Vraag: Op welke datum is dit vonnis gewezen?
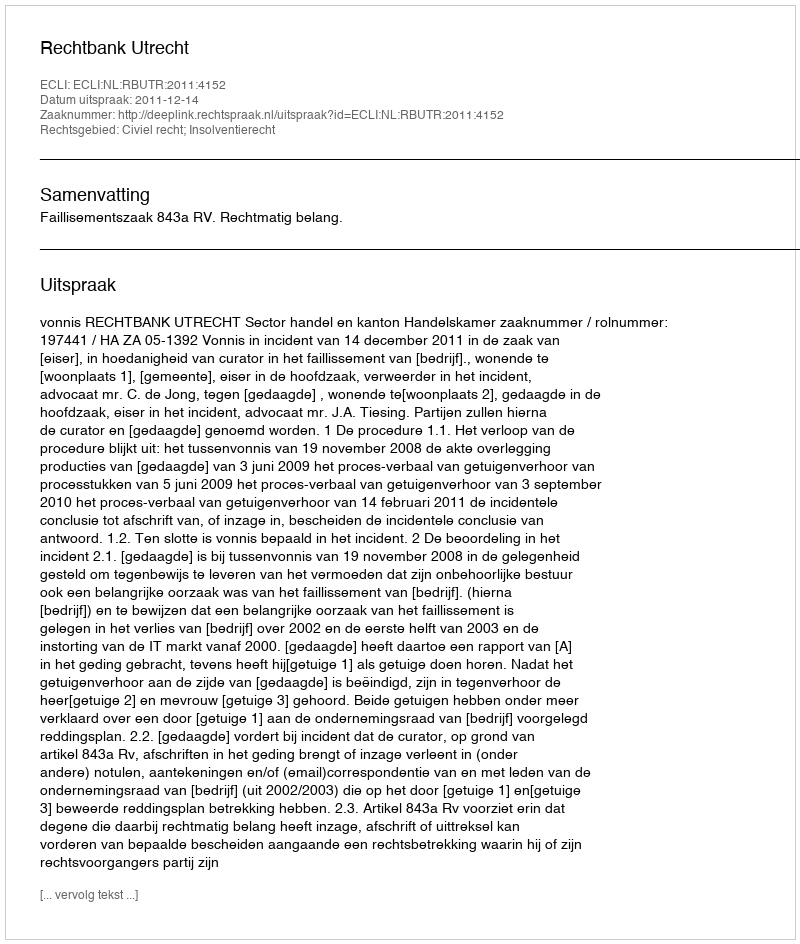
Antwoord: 2011-12-14